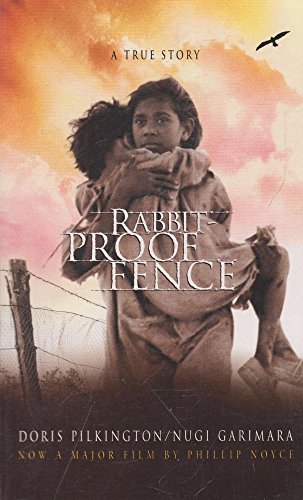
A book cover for Follow the Rabbit-Proof Fence; Pilkington Doris; Biographies & Memoirs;